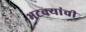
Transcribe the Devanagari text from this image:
भटक्यांची